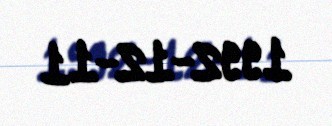
1992-12-11